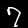
Digit: 7